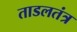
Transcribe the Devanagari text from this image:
ताडलतंत्र